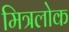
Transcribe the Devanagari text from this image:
मित्रलोक